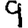
Digit: 9